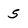
Character: 5